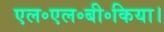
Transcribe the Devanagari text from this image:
एल॰एल॰बी॰किया।